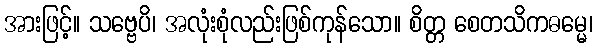
အားဖြင့်။ သဗ္ဗေပိ၊ အလုံးစုံလည်းဖြစ်ကုန်သော။ စိတ္တ စေတသိကဓမ္မေ၊